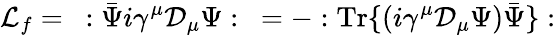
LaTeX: {\cal L}_{f}=\ :\bar{\Psi}i\gamma^{\mu}{\cal D}_{\mu}\Psi:\ =-:\mathrm{Tr}\{ (i\gamma^{\mu}{\cal D}_{\mu}\Psi){\bar{\Psi}}\} :